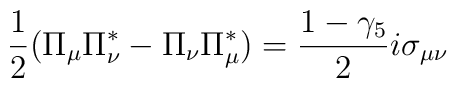
\frac{1}{2} (\Pi_{\mu} \Pi_{\nu}^{*} - \Pi_{\nu} \Pi_{\mu}^{*}) = \frac{1- \gamma_{5}}{2} i \sigma_{\mu \nu}